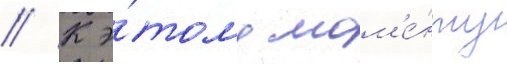
// К э́тому мом'е́нту